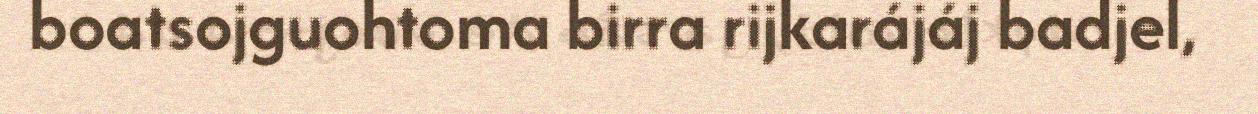
boatsojguohtoma birra rijkarájáj badjel,